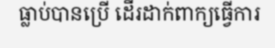
ធ្លាប់បានប្រើ ដើរដាក់ពាក្យធ្វើការ